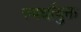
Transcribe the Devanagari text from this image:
स्पर्धायुक्त